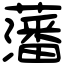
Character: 藩